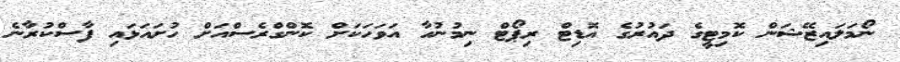
ނޯމަލައިޒޭޝަން ކޮމިޓީގެ ދައުރުގެ އޮޑިޓް ރިޕޯޓް ނިމުނުހާ އަވަހަކަށް ކޮންގްރެސްއަށް ހުށައަޅައި ފާސްކުރާނެ